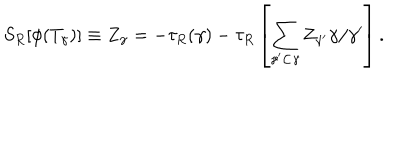
S _ { R } [ \phi ( T _ { \gamma } ) ] \equiv Z _ { \gamma } = - \tau _ { R } ( \gamma ) - \tau _ { R } \left[ \sum _ { \gamma ^ { \prime } \subset \gamma } Z _ { \gamma ^ { \prime } } \gamma / \gamma ^ { \prime } \right] .